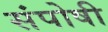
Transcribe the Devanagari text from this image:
संपोषी